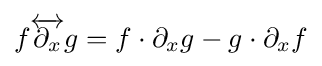
f{\overleftrightarrow {\partial _{x}}}g=f\cdot \partial _{x}g-g\cdot \partial _{x}f